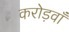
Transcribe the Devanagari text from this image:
करोड़वाँ